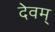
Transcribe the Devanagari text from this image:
देवम्